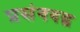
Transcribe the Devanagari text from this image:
प्रसंगबद्ध